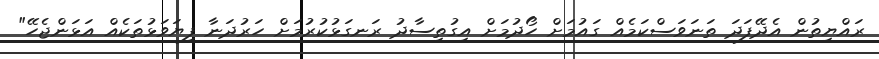
ރައްޔިތުން އެދޭފަދަ ތަނަވަސްކަމެއް ގައުމަށް ހޯދުމަށް އިގުތިސާދު ރަނގަޅުކުރުމަށް ހަރުދަނާ ފިޔަވަޅުތަކެއް އަޅަންޖެހޭ"